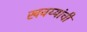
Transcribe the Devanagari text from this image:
खवय्यांची